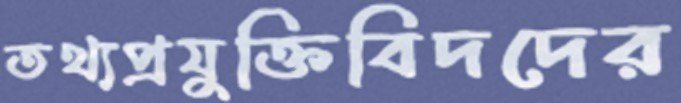
তথ্যপ্রযুক্তিবিদদের